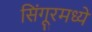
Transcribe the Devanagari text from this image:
सिंगूरमध्ये